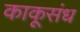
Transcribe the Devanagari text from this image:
काकूसंध